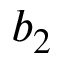
b _ { 2 }